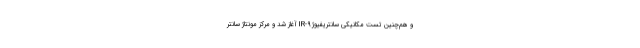
و هم‌چنین تست مکانیکی سانتریفیوژ IR-9 آغاز شد و مرکز مونتاژ سانتر